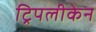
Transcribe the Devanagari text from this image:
ट्रिपलीकेन